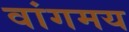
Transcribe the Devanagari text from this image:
वांगमय